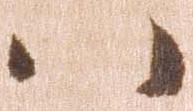
ハ